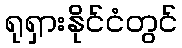
ရုရှားနိုင်ငံတွင်